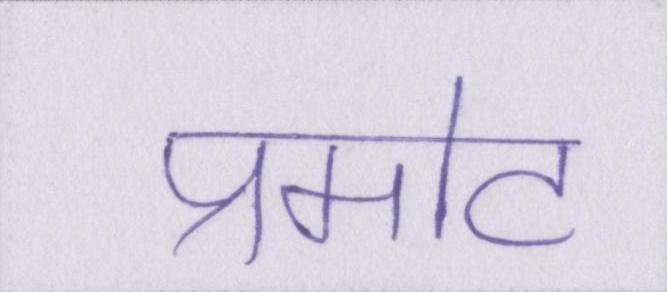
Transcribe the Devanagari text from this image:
प्रमोट